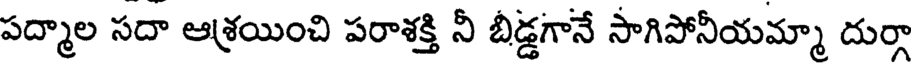
పద్మాల సదా ఆశ్రయించి పరాశక్తి నీ బీడ్డగానే సాగిపోనీయమ్మా దుర్గా